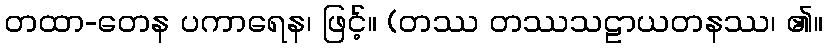
တထာ-တေန ပကာရေန၊ ဖြင့်။ (တဿ တဿသဠာယတနဿ၊ ၏။